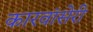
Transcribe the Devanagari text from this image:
कारवांसेरी